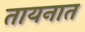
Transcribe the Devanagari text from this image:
तायनात